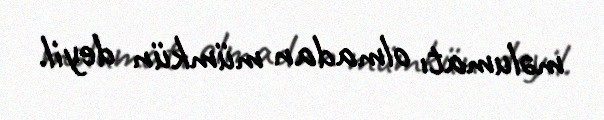
məlumatı olmadan mümkün deyil.